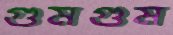
গুমগুম